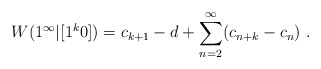
\begin{align*}W(1^\infty|[1^k0]) = c_{k+1} - d + \sum_{n=2}^\infty (c_{n+k} - c_n) \ .\end{align*}